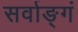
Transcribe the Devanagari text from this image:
सर्वाङ्गं